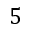
5